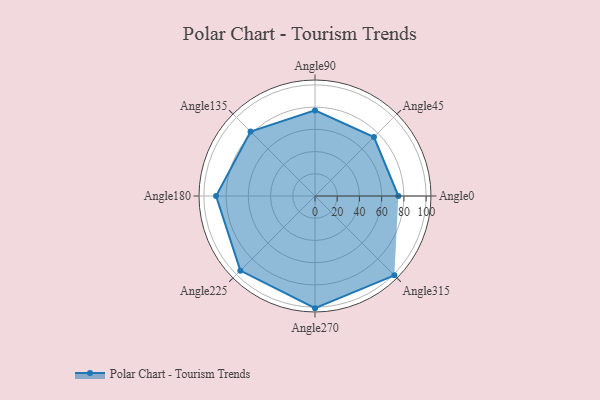
{"axis": {"x": "Angle", "y": "Radius"}, "legend": [""], "data": [{"x": "Angle0", "y": 75.0, "type": ""}, {"x": "Angle45", "y": 75.0, "type": ""}, {"x": "Angle90", "y": 77.0, "type": ""}, {"x": "Angle135", "y": 82.0, "type": ""}, {"x": "Angle180", "y": 89.0, "type": ""}, {"x": "Angle225", "y": 95.0, "type": ""}, {"x": "Angle270", "y": 101.0, "type": ""}, {"x": "Angle315", "y": 101.0, "type": ""}]}